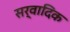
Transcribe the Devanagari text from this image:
सर्वादिक